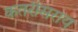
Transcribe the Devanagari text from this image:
कतरीसराय